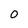
Character: o